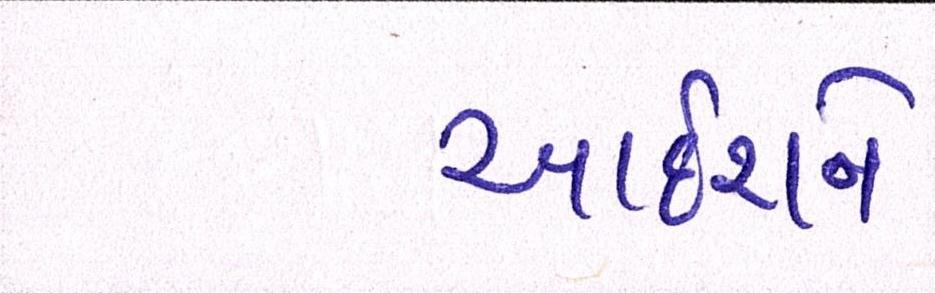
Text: આદેશને